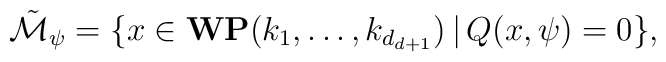
\tilde{{\cal M}}_{\psi} = \{ x \in {\bf WP}(k_1, \ldots,k_{d_{d+1}}) \, | \,  Q(x,\psi) = 0 \},